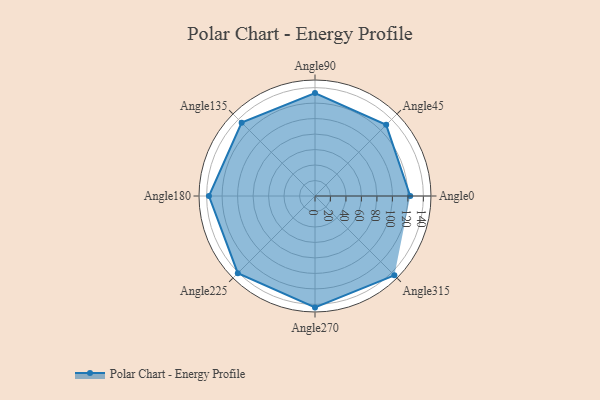
{"axis": {"x": "Angle", "y": "Radius"}, "legend": [""], "data": [{"x": "Angle0", "y": 123.0, "type": ""}, {"x": "Angle45", "y": 130.0, "type": ""}, {"x": "Angle90", "y": 133.0, "type": ""}, {"x": "Angle135", "y": 134.0, "type": ""}, {"x": "Angle180", "y": 137.0, "type": ""}, {"x": "Angle225", "y": 141.0, "type": ""}, {"x": "Angle270", "y": 144.0, "type": ""}, {"x": "Angle315", "y": 145.0, "type": ""}]}